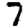
Digit: 7